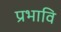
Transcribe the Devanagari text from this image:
प्रभावि